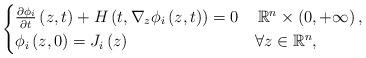
LaTeX: \begin{align*}\begin{cases}\frac{\partial\phi_{i}}{\partial t}\left(z,t\right)+H\left(t,\nabla_{z}\phi_{i}\left(z,t\right)\right)=0 & \,\mathbb{R}^{n}\times\left(0,+\infty\right),\\\phi_{i}\left(z,0\right)=J_{i}\left(z\right) & \forall z\in\mathbb{R}^{n},\end{cases}\end{align*}